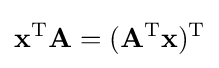
\mathbf {x} ^{\mathrm {T} }\mathbf {A} =(\mathbf {A} ^{\mathrm {T} }\mathbf {x} )^{\mathrm {T} }